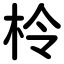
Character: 柃